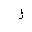
Letter: _lam